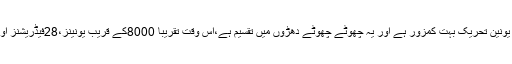
آج پاکستان میں ٹریڈ یونین تحریک بہت کمزور ہے اور یہ چھوٹے چھوٹے دھڑوں میں تقسیم ہے،اس وقت تقریباََ 8000کے قریب یونینز،28فیڈریشنز اور تین کنفیڈریشن ہیں۔